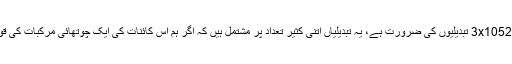
ایک بوزنہ (Ape) سے اِنسان بننے کے اِرتقائی عمل کے لئے 3x10520 تبدیلیوں کی ضرورت ہے، یہ تبدیلیاں اِتنی کثیر تعداد پر مشتمل ہیں کہ اگر ہم اِس کائنات کی ایک چوتھائی مرکّبات کی قوّت کو زیرِ اِستعمال لائیں تو بھی اُسے پانے میں قاصر رہیں گے۔